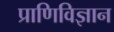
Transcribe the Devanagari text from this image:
प्राणिविज्ञान